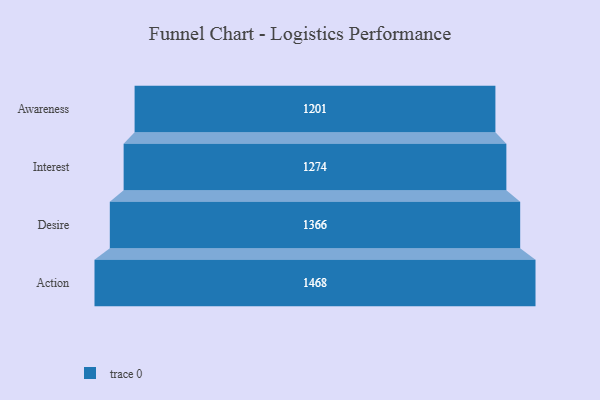
{"axis": {"x": "Stage", "y": "Value"}, "legend": [""], "data": [{"x": "Awareness", "y": 1201.0, "type": ""}, {"x": "Interest", "y": 1274.0, "type": ""}, {"x": "Desire", "y": 1366.0, "type": ""}, {"x": "Action", "y": 1468.0, "type": ""}]}